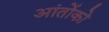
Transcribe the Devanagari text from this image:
आंतोंको